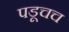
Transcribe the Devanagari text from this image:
पडूचच